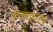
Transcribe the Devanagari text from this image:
कलाकारच